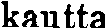
kautta